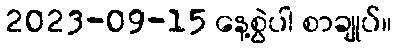
2023-09-15 နေ့စွဲပါ စာချုပ်။